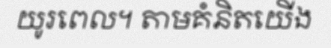
យូរពេល។ តាមគំនិតយើង